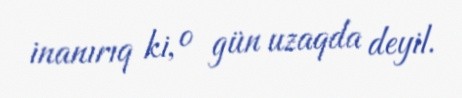
inanırıq ki, o gün uzaqda deyil.